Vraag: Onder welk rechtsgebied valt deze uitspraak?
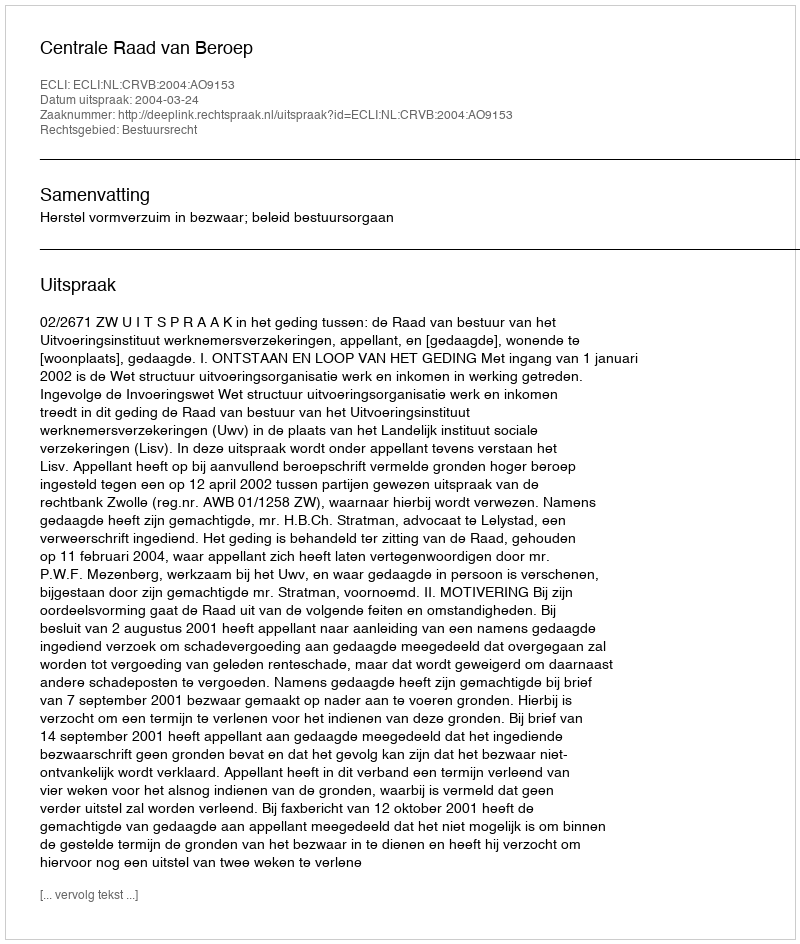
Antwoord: Bestuursrecht